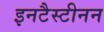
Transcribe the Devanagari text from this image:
इनटैस्टीनन